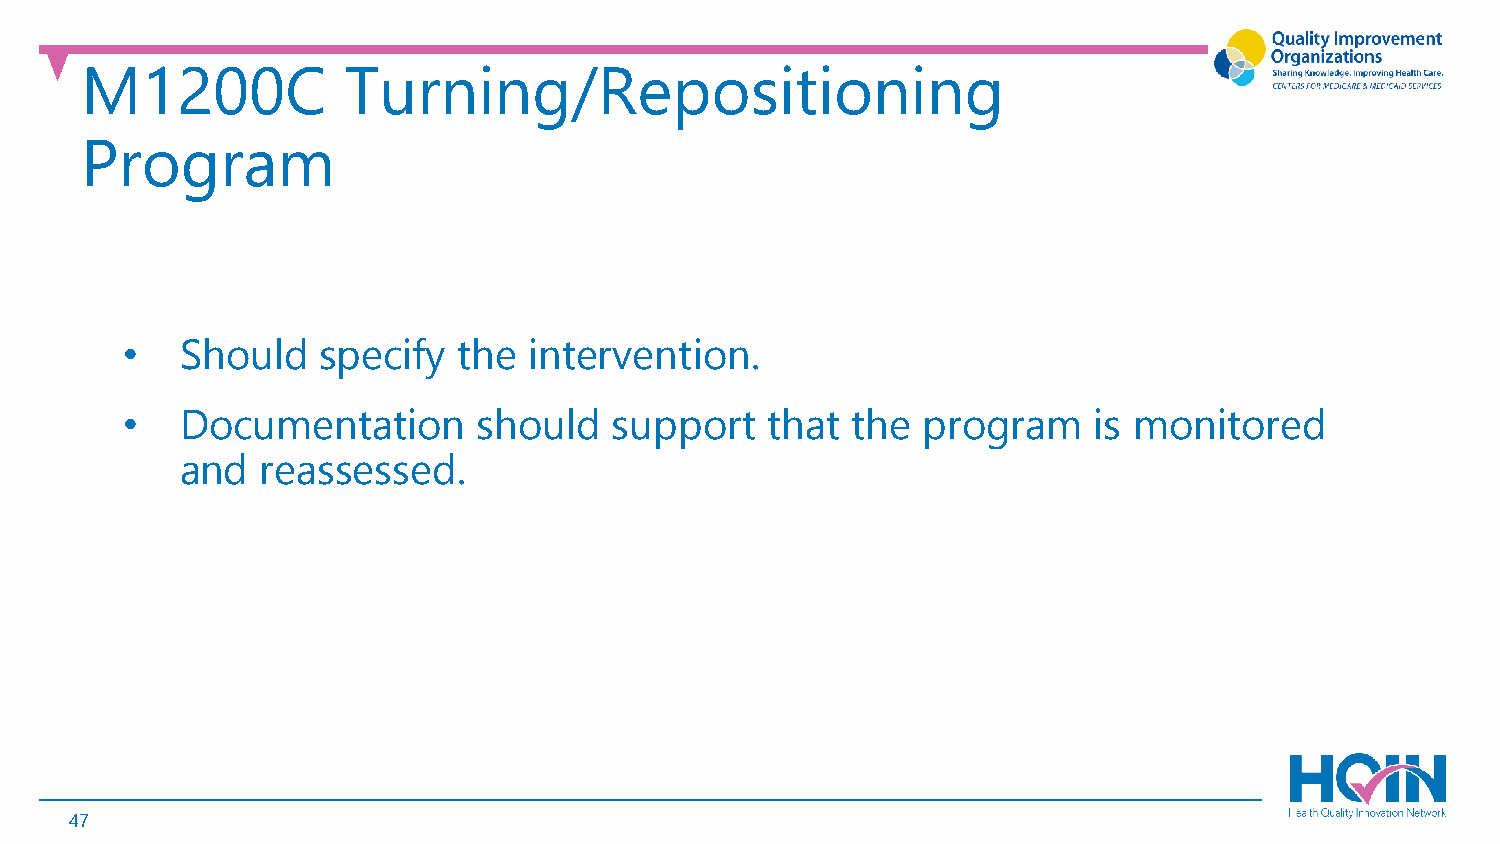
M1200C            Turning/Repositioning
 Program
 •   Should   specify  the  intervention.
 •   Documentation       should   support   that the  program    is monitored
 and  reassessed.
 47